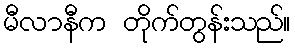
မီလာနီက တိုက်တွန်းသည်။